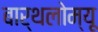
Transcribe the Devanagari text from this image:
बार्थलोम्यू